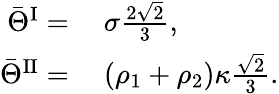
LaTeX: \begin{array}{rl}{\bar{\Theta}^{\mathrm{I}}=}&{{}~\sigma\frac{2\sqrt{2}}{3},}\\ {\bar{\Theta}^{\mathrm{II}}=}&{{}~(\rho_{1}+\rho_{2})\kappa\frac{\sqrt{2}}{3}.}\end{array}